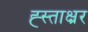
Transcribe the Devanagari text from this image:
ह्स्ताक्ष्रर